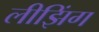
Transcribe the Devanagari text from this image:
लीझिंग